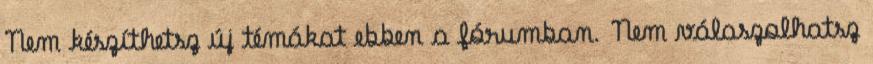
Nem készíthetsz új témákat ebben a fórumban. Nem válaszolhatsz